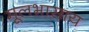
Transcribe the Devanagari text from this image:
मूलभासाय